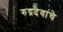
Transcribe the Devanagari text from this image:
रुद्रदेवांचे